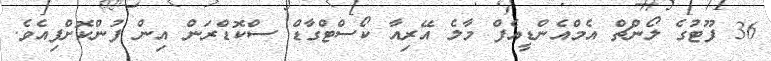
36 ފޫޓުގެ ލޯންޗް އެމްއެންޑީއެފް މާލެ އޭރިއާ ކޯސްޓްގާޑް ސްކޮޑްރަން އިން ފުންކޮށްފިއެވެ.